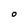
Character: O